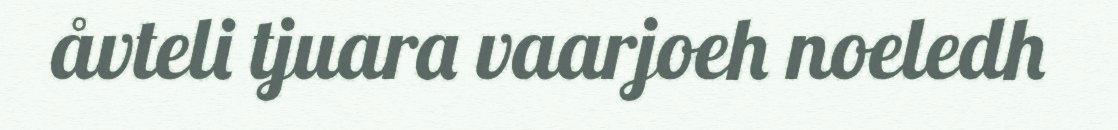
åvteli tjuara vaarjoeh noeledh